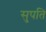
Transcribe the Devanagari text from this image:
सुपति